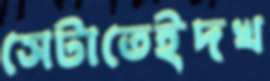
সেটাতেইদখ